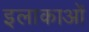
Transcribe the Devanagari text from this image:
इलाकाओं